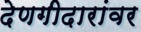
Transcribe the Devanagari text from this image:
देणगीदारांवर